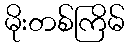
မိုးတစ်ကြိမ်